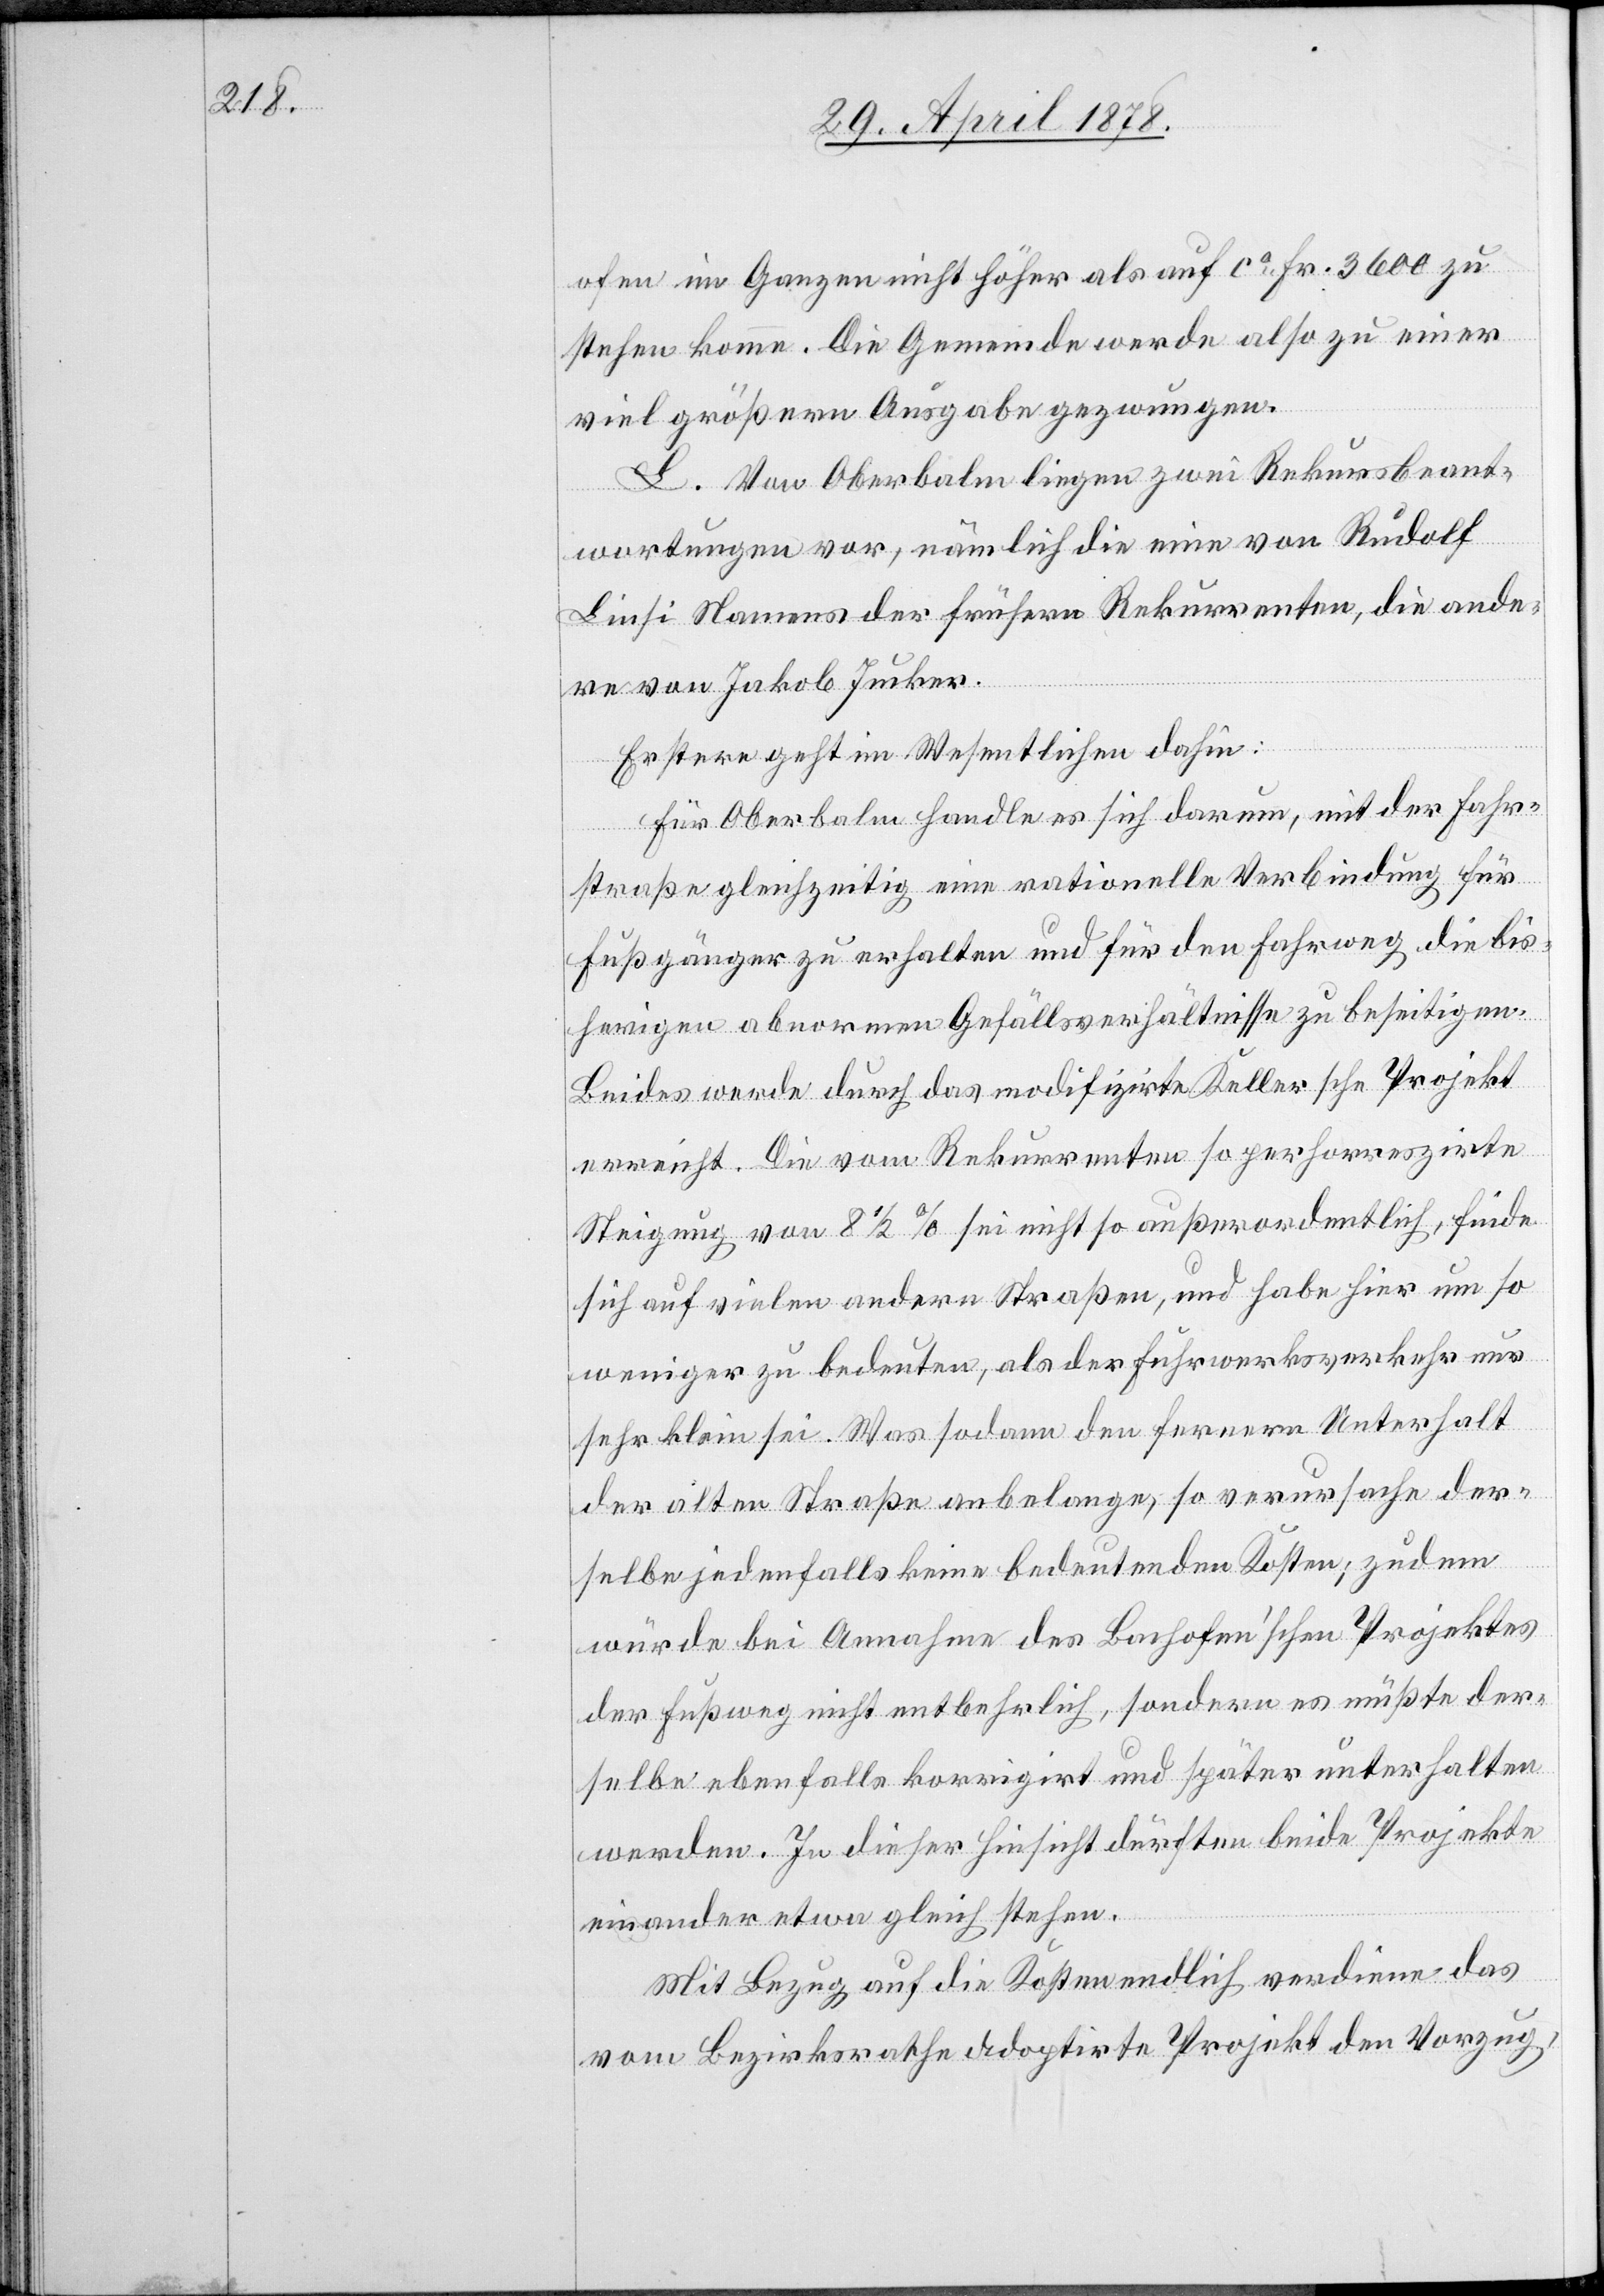
ofen im Ganzen nicht höher als auf ca 3600 zu
stehen komme. Die Gemeinde werde also zu einer
viel größern Ausgabe gezwungen.
L. Von Oberbalm liegen zwei Rekursbeant¬
wortungen vor, nämlich die eine von Rudolf
Liesi Namens der frühern Rekurrenten, die ande¬
re von Jakob Jucker.
Erstere geht im Wesentlichen dahin:
Für Oberbalm handle es sich darum, mit der Fahr¬
straße gleichzeitig eine rationelle Verbindung für
Fußgänger zu erhalten und für den Fahrweg die bis¬
herigen abnormen Gefällsverhältnisse zu beseitigen.
Beides wurde durch das modifizirte Kellersche Projekt
erreicht. Die vom Rekurrenten so perhorreszirte
Steigung von 8 1/2 % sei nicht so außerordentlich, finde
sich auf vielen andern Straßen, und habe hier um so
weniger zu bedeuten, als der Fuhrwerksverkehr nur
sehr klein sei. Was sodann den fernern Unterhalt
der alten Straße anbelange, so verursache der¬
selbe jedenfalls keine bedeutenden Kosten; zudem
würde bei Annahme des Bachofen’schen Projektes
der Fußweg nicht entbehrlich, sondern es müßte der¬
selbe ebenfalls korrigirt und später unterhalten
werden. In dieser Hinsicht dürften beide Projekte
einander etwa gleich stehen.
Mit Bezug auf die Kosten endlich verdiene das
vom Bezirksrathe adoptirte Projekt den Vorzug,